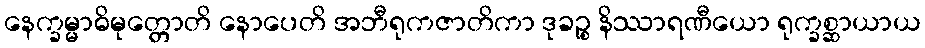
နေက္ခမ္မာဓိမုတ္တောတိ နောပေတိ အဘီရုကဇာတိကာ ဒုခဉ္စ နိဿာရဏီယော ရုက္ခစ္ဆာယာယ